Indian journal of veterinary science and animal husbandry - Volume 8,
Year: 1938
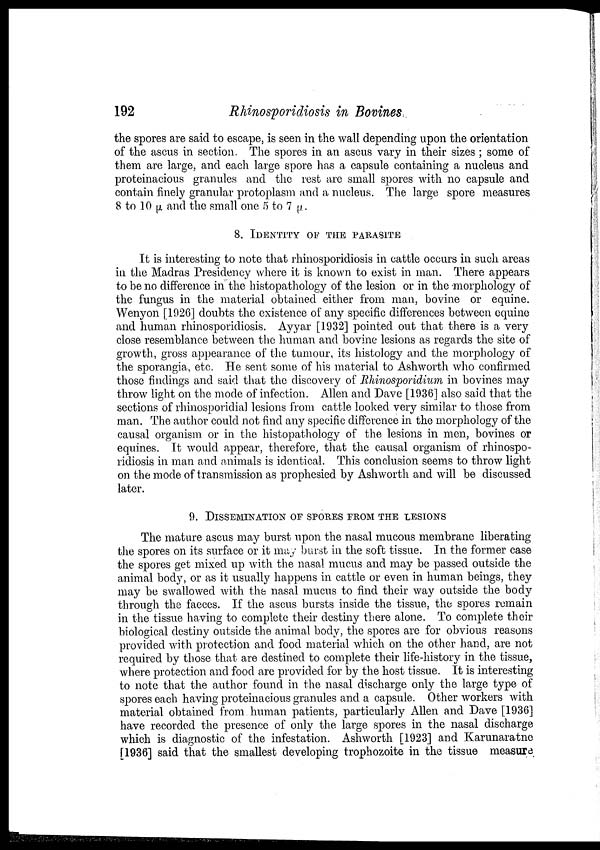
192
Rhinosporidiosis in Bovines
the spores are said to escape, is seen in the wall depending upon the orientation
of the ascus in section. The spores in an ascus vary in their sizes ; some of
them are large, and each large spore has a capsule containing a nucleus and
proteinacious granules and the rest are small spores with no capsule and
contain finely granular protoplasm and a nucleus. The large spore measures
8 to 10 µ and the small one 5 to 7 µ.
8. IDENTITY OF THE PARASITE
It is interesting to note that rhinosporidiosis in cattle occurs in such areas
in the Madras Presidency where it is known to exist in man. There appears
to be no difference in the histopathology of the lesion or in the morphology of
the fungus in the material obtained either from man, bovine or equine.
Wenyon [1926] doubts the existence of any specific differences between equine
and human rhinosporidiosis. Ayyar [1932] pointed out that there is a very
close resemblance between the human and bovine lesions as regards the site of
growth, gross appearance of the tumour, its histology and the morphology of
the sporangia, etc. He sent some of his material to Ashworth who confirmed
those findings and said that the discovery of Rhinosporidium in bovines may
throw light on the mode of infection. Allen and Dave [1936] also said that the
sections of rhinosporidial lesions from cattle looked very similar to those from
man. The author could not find any specific difference in the morphology of the
causal organism or in the histopathology of the lesions in men, bovines or
equines. It would appear, therefore, that the causal organism of rhinospo-
ridiosis in man and animals is identical. This conclusion seems to throw light
on the mode of transmission as prophesied by Ashworth and will be discussed
later.
9. DISSEMINATION OF SPORES FROM THE LESIONS
The mature ascus may burst upon the nasal mucous membrane liberating
the spores on its surface or it may burst in the soft tissue. In the former case
the spores get mixed up with the nasal mucus and may be passed outside the
animal body, or as it usually happens in cattle or even in human beings, they
may be swallowed with the nasal mucus to find their way outside the body
through the faeces. If the ascus bursts inside the tissue, the spores remain
in the tissue having to complete their destiny there alone. To complete their
biological destiny outside the animal body, the spores are for obvious reasons
provided with protection and food material which on. the other hand, are not
required by those that are destined to complete their life-history in the tissue,
where protection and food are provided for by the host tissue. It is interesting
to note that the author found in the nasal discharge only the large type of
spores each having proteinacious granules and a capsule. Other workers with
material obtained from human patients, particularly Allen and Dave [1936]
have recorded the presence of only the large spores in the nasal discharge
which is diagnostic of the infestation. Ashworth [1923] and Karunaratne
[1936] said that the smallest developing trophozoite in the tissue measure